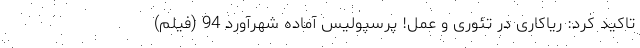
تاکید کرد: ریاکاری در تئوری و عمل! پرسپولیس آماده شهرآورد 94 (فیلم)